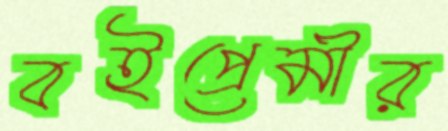
বইপ্রেমীর